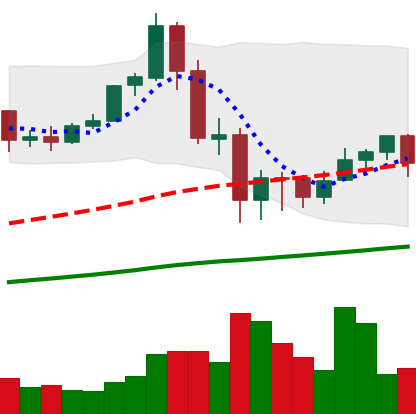
Ticker: ETH-USD
Chart end date: 2020-09-13
Forward return: 5.141%
Label: up_5_7